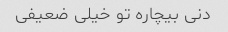
دنی بیچاره تو خیلی ضعیفی